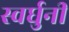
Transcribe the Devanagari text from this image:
स्वर्घुनी